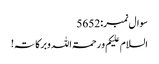
سوال نمبر:5652
السلام علیکم و رحمۃاللہ وبرکاتہ!